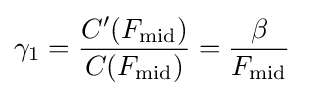
\gamma _{1}={\frac {C'(F_{\text{mid}})}{C(F_{\text{mid}})}}={\frac {\beta }{F_{\text{mid}}}}\;